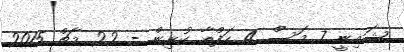
ޝައިނީ 7 މަސް 4 ހަފްތާ ކުރިން - 22 މާޗް 2015